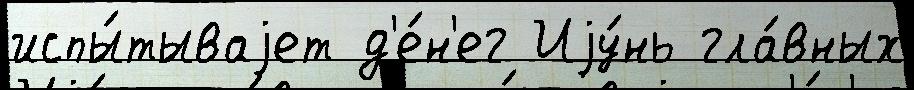
испы́тываjет д'е́н'ег Иjу́нь гла́вных